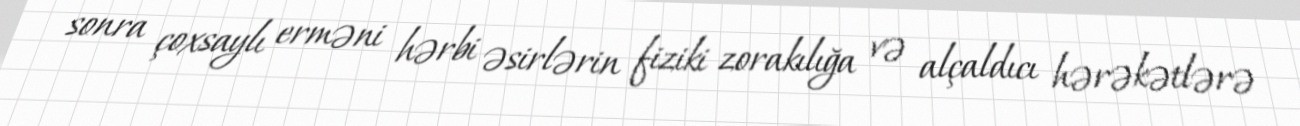
sonra çoxsaylı erməni hərbi əsirlərin fiziki zorakılığa və alçaldıcı hərəkətlərə